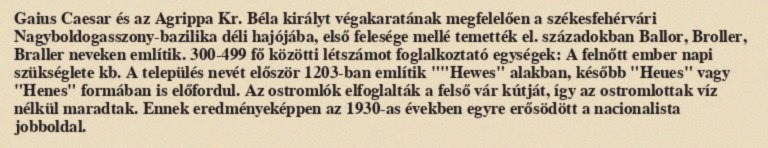
Gaius Caesar és az Agrippa Kr. Béla királyt végakaratának megfelelően a székesfehérvári Nagyboldogasszony-bazilika déli hajójába, első felesége mellé temették el. századokban Ballor, Broller, Braller neveken említik. 300-499 fő közötti létszámot foglalkoztató egységek: A felnőtt ember napi szükséglete kb. A település nevét először 1203-ban említik ""Hewes" alakban, később "Heues" vagy "Henes" formában is előfordul. Az ostromlók elfoglalták a felső vár kútját, így az ostromlottak víz nélkül maradtak. Ennek eredményeképpen az 1930-as években egyre erősödött a nacionalista jobboldal.